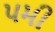
પમી